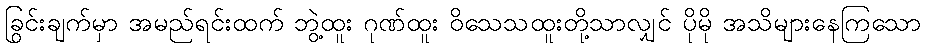
ခြွင်းချက်မှာ အမည်ရင်းထက် ဘွဲ့ထူး ဂုဏ်ထူး ဝိသေသထူးတို့သာလျှင် ပိုမို အသိများနေကြသော